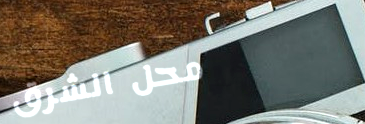
محل الشرق